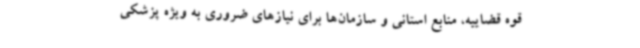
قوه قضاییه، منابع استانی و سازمان‌ها برای نیازهای ضروری به ویژه پزشکی